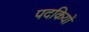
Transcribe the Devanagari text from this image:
पदकियों